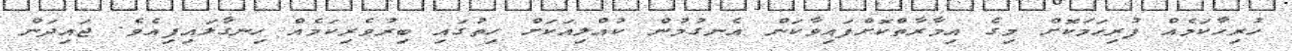
ހުރިހާކަމެއް ފުރިހަމަކޮށް މިގެ އިމާރާތްކޮށްފައިވާކަން އެނގުމުން ކުއްލިއަކަށް ހިތުގައި ބިރުވެރިކަމެއް ހިނގާލައިފިއެވެ. ޖައިދަން